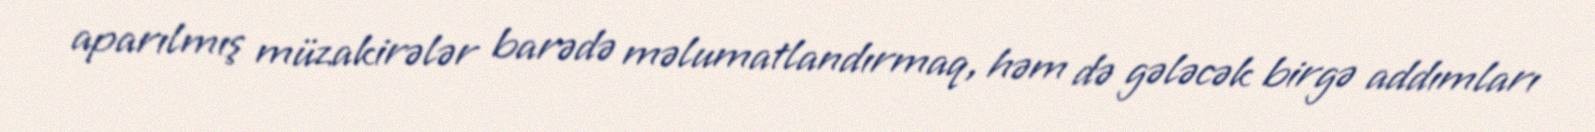
aparılmış müzakirələr barədə məlumatlandırmaq, həm də gələcək birgə addımları